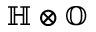
\mathbb { H } \otimes \mathbb { O }